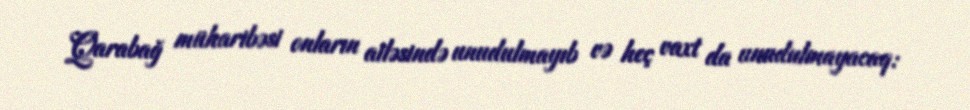
Qarabağ müharibəsi onların ailəsində unudulmayıb və heç vaxt da unudulmayacaq: